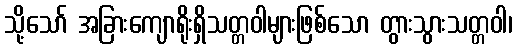
သို့သော် အခြားကျောရိုးရှိသတ္တဝါများဖြစ်သော တွားသွားသတ္တဝါ၊